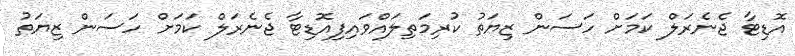
އޮޑިޓާ ޖެނެރަލް ކަމަށް ހަސަން ޒިޔަތު ކުރިމަތިލައްވައިފިއޮޑިޓާ ޖެނެރަލް ކަމަށް ހަސަން ޒިޔަތު